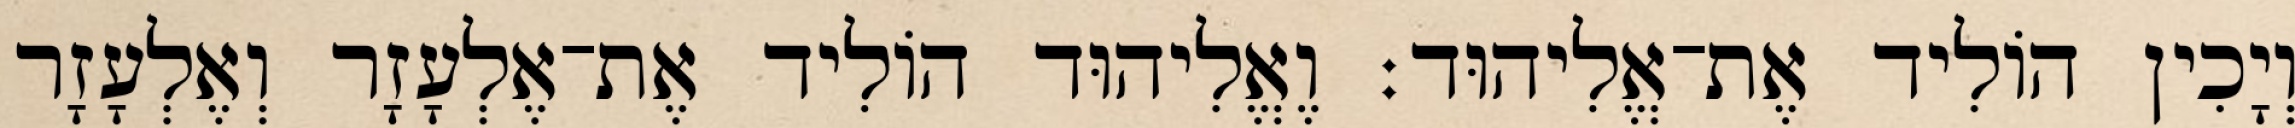
וְיָכִין הוֹלִיד אֶת־אֱלִיהוּד׃ וֶאֱלִיהוּד הוֹלִיד אֶת־אֶלְעָזָר וְאֶלְעָזָר